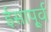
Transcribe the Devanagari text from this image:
ईसापू्र्व